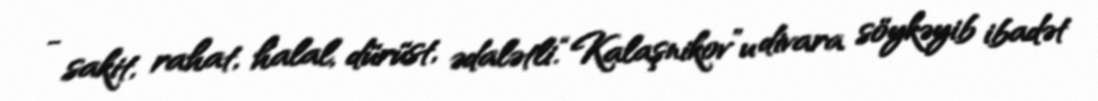
- sakit, rahat, halal, dürüst, ədalətli.“Kalaşnikov”u divara söykəyib ibadət